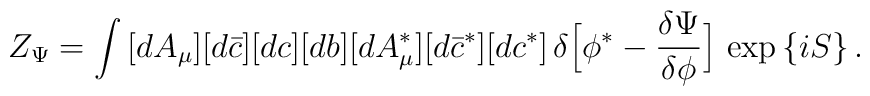
Z_\Psi=\int\,[dA_\mu][d\bar c][dc][db][dA^\ast_\mu][d\bar c^\ast][dc^\ast]\,\delta\Bigl[\phi^\ast-\frac{\delta\Psi}{\delta\phi}\Bigr]\,\exp\,\{iS\}\,.